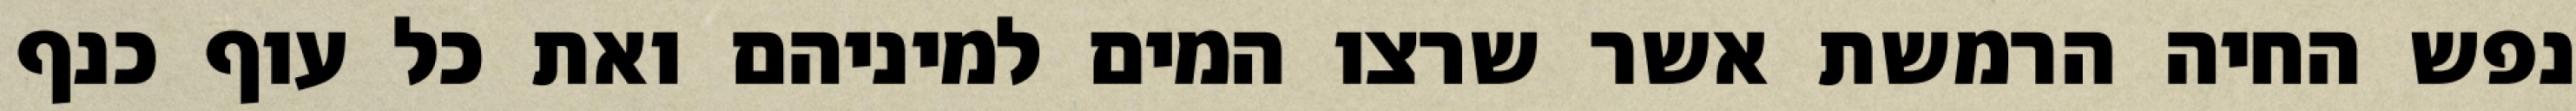
נפש החיה הרמשת אשר שרצו המים למיניהם ואת כל עוף כנף